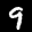
Label: 9